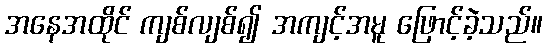
အနေအထိုင် ကျစ်လျစ်၍ အကျင့်အမူ ဖြောင့်ခဲ့သည်။